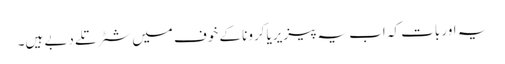
یہ اور بات کہ اب یہ پیزیریا کرونا کے خوف میں شٹر تلے دبے ہیں۔